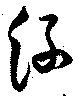
糸